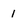
Character: 1